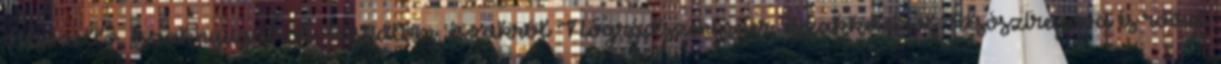
Alsózellő, északnyugatról Kishalom, északról Nógrádszentpéter, északkeletről Alsósztregova és rövid